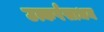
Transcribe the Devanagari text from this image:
उत्कर्षसाधन